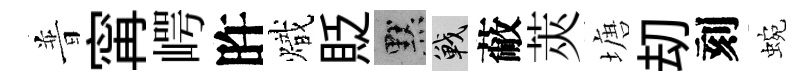
普𡩋崿旿熾貶默戰蔽莢塘刧刻蜿